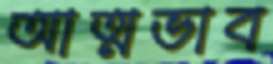
আত্মভাব